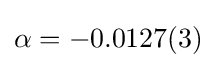
\alpha =-0.0127(3)